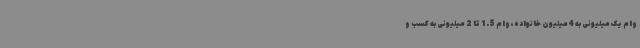
وام یک میلیونی به 4 میلیون خانواده، وام 1.5 تا 2 میلیونی به کسب و